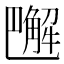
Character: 𧤭